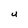
Character: U